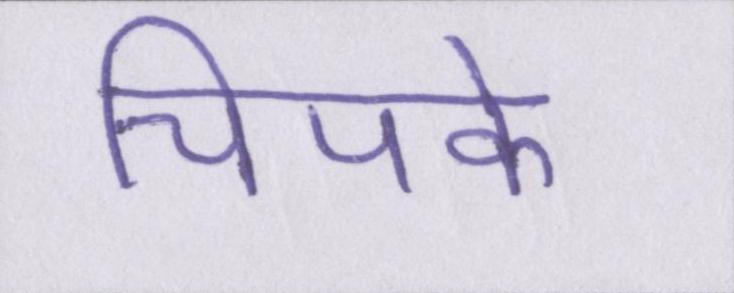
चिपके